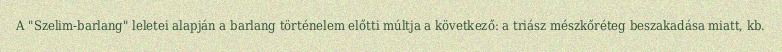
A "Szelim-barlang" leletei alapján a barlang történelem előtti múltja a következő: a triász mészkőréteg beszakadása miatt, kb.